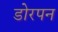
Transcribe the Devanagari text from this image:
डोरपन